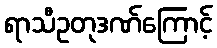
ရာသီဥတုဒဏ်ကြောင့်